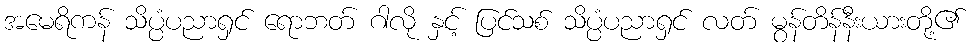
အမေရိကန် သိပ္ပံပညာရှင် ရောဘတ် ဂါလို နှင့် ပြင်သစ် သိပ္ပံပညာရှင် လတ် မွန်တိန်နီးယားတို့၏